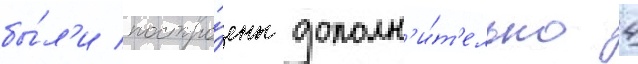
бы́л'и постро́ены дополн'и́т'ельно 4